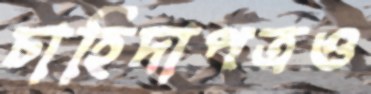
চাহিদাপত্রও